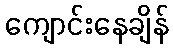
ကျောင်းနေချိန်